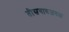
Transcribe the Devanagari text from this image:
तीसगावजवळ